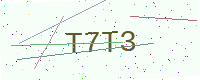
Text: T7T3